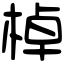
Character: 棹